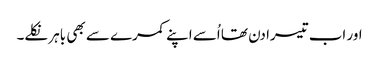
اور اب تیسرا دن تھا اُسے اپنے کمرے سے بھی باہر نکلے۔